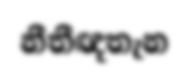
නීතීඥතැන